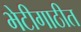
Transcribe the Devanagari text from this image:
भेटीगाठीत